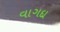
વાગદા